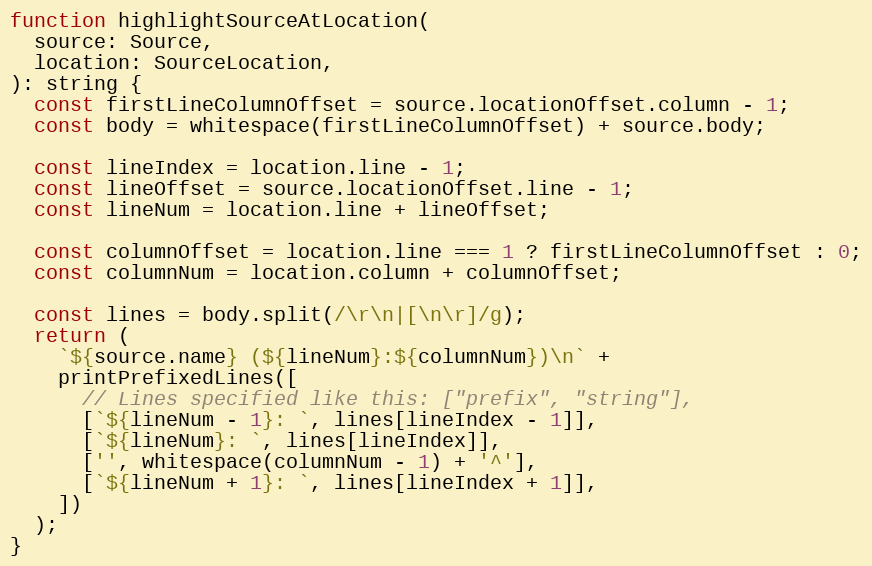
Language: JavaScript
function highlightSourceAtLocation(
  source: Source,
  location: SourceLocation,
): string {
  const firstLineColumnOffset = source.locationOffset.column - 1;
  const body = whitespace(firstLineColumnOffset) + source.body;

  const lineIndex = location.line - 1;
  const lineOffset = source.locationOffset.line - 1;
  const lineNum = location.line + lineOffset;

  const columnOffset = location.line === 1 ? firstLineColumnOffset : 0;
  const columnNum = location.column + columnOffset;

  const lines = body.split(/\r\n|[\n\r]/g);
  return (
    `${source.name} (${lineNum}:${columnNum})\n` +
    printPrefixedLines([
      // Lines specified like this: ["prefix", "string"],
      [`${lineNum - 1}: `, lines[lineIndex - 1]],
      [`${lineNum}: `, lines[lineIndex]],
      ['', whitespace(columnNum - 1) + '^'],
      [`${lineNum + 1}: `, lines[lineIndex + 1]],
    ])
  );
}